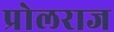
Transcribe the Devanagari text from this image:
प्रोलराज